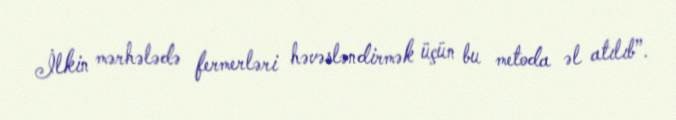
İlkin mərhələdə fermerləri həvəsləndirmək üçün bu metoda əl atılıb”.